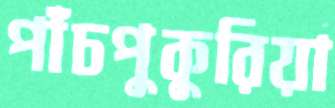
পাঁচপুকুরিয়া